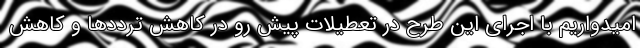
امیدواریم با اجرای این طرح در تعطیلات پیش رو در کاهش ترددها و کاهش